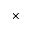
\times